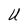
Character: U